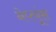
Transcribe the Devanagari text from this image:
नेप्त्यूंस